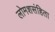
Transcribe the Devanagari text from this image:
लोमशसंहिता